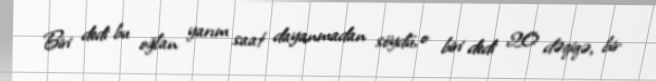
Biri dedi bu oğlan yarım saat dayanmadan söydü, o biri dedi 20 dəqiqə, bir